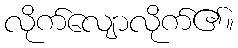
လိုက်လျောလိုက်၏။